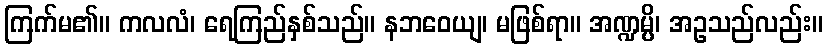
ကြက်မ၏။ ကလလံ၊ ရေကြည်နှစ်သည်။ နဘဝေယျ၊ မဖြစ်ရာ။ အဏ္ဍမ္ပိ၊ အဥသည်လည်း။